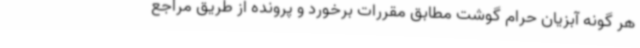
هر گونه آبزیان حرام گوشت مطابق مقررات برخورد و پرونده از طریق مراجع